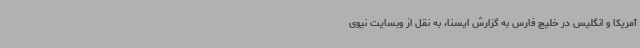
آمریکا و انگلیس در خلیج فارس به گزارش ایسنا، به نقل از وبسایت نیوی